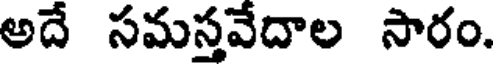
అదే సమస్తవేదాల సారం.